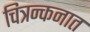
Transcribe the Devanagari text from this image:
चित्रन्कनात